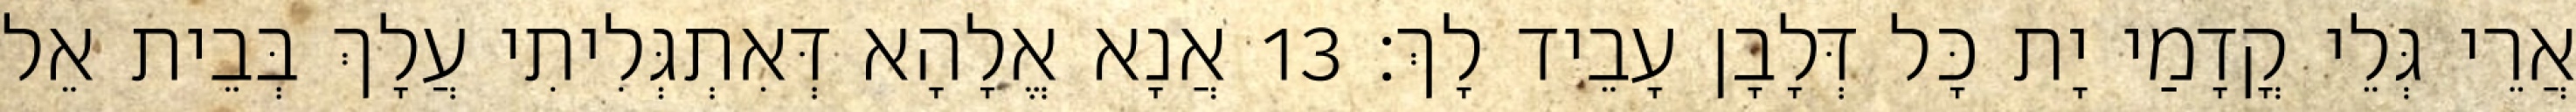
אֲרֵי גְּלֵי קֳדָמַי יָת כָּל דְּלָבָן עָבֵיד לָךְ׃ 13 אֲנָא אֱלָהָא דְּאִתְגְּלִיתִי עֲלָךְ בְּבֵית אֵל